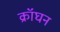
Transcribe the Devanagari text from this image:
क्रॉघन